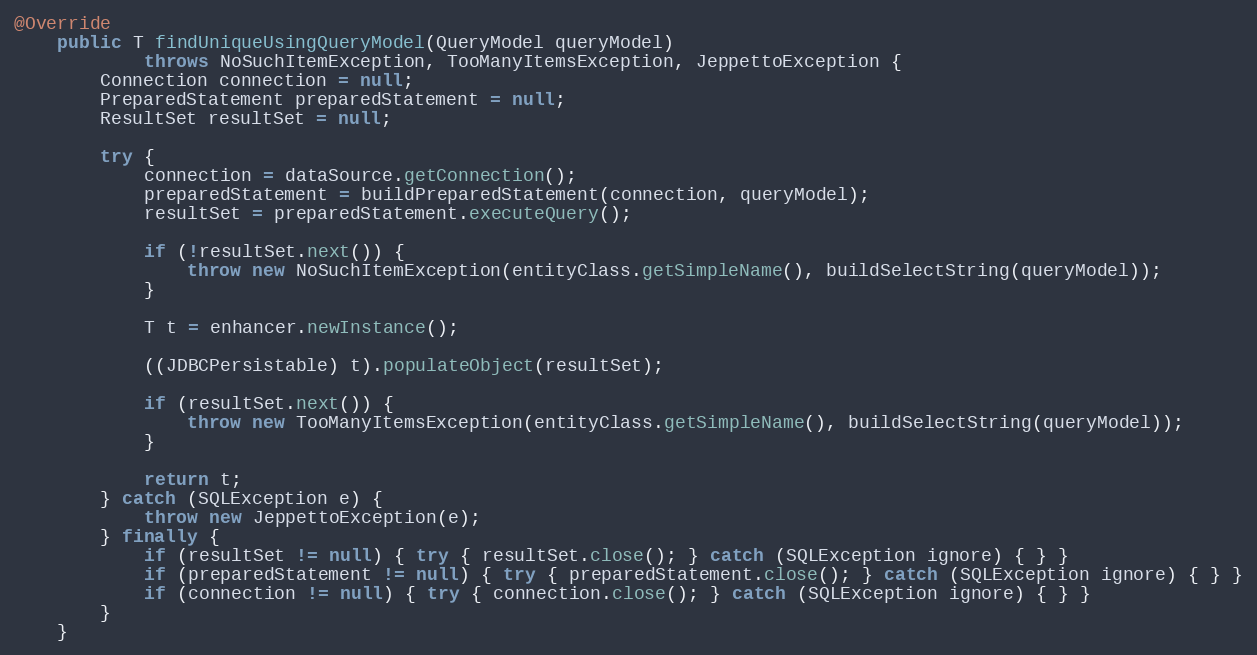
Language: Java
@Override
    public T findUniqueUsingQueryModel(QueryModel queryModel)
            throws NoSuchItemException, TooManyItemsException, JeppettoException {
        Connection connection = null;
        PreparedStatement preparedStatement = null;
        ResultSet resultSet = null;

        try {
            connection = dataSource.getConnection();
            preparedStatement = buildPreparedStatement(connection, queryModel);
            resultSet = preparedStatement.executeQuery();

            if (!resultSet.next()) {
                throw new NoSuchItemException(entityClass.getSimpleName(), buildSelectString(queryModel));
            }

            T t = enhancer.newInstance();

            ((JDBCPersistable) t).populateObject(resultSet);

            if (resultSet.next()) {
                throw new TooManyItemsException(entityClass.getSimpleName(), buildSelectString(queryModel));
            }

            return t;
        } catch (SQLException e) {
            throw new JeppettoException(e);
        } finally {
            if (resultSet != null) { try { resultSet.close(); } catch (SQLException ignore) { } }
            if (preparedStatement != null) { try { preparedStatement.close(); } catch (SQLException ignore) { } }
            if (connection != null) { try { connection.close(); } catch (SQLException ignore) { } }
        }
    }